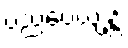
ပညပေယျန္တိ